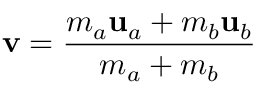
\mathbf { v } = { \frac { m _ { a } \mathbf { u } _ { a } + m _ { b } \mathbf { u } _ { b } } { m _ { a } + m _ { b } } }